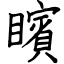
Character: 矉